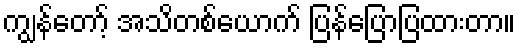
ကျွန်တော့် အသိတစ်ယောက် ပြန်ပြောပြထားတာ။